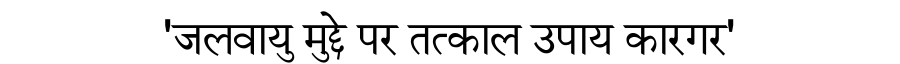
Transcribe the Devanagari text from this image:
'जलवायु मुद्दे पर तत्काल उपाय कारगर'